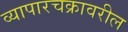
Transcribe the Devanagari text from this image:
व्यापारचक्रावरील